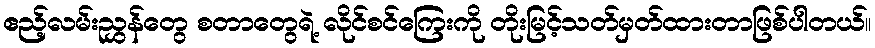
ဧည့်လမ်းညွှန်တွေ စတာတွေရဲ့ လိုင်စင်ကြေးကို တိုးမြင့်သတ်မှတ်ထားတာဖြစ်ပါတယ်။